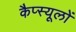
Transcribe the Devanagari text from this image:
कैप्स्यूलों